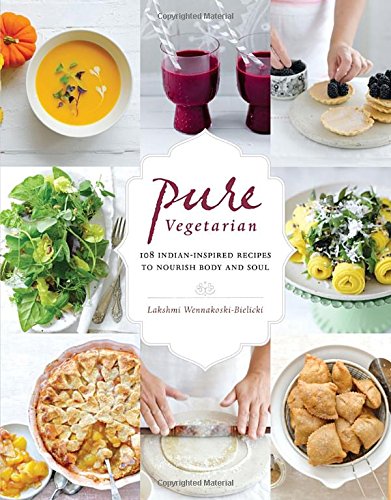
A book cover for Pure Vegetarian: 108 Indian-Inspired Recipes to Nourish Body and Soul; Lakshmi Wennakoski-Bielicki; Cookbooks, Food & Wine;